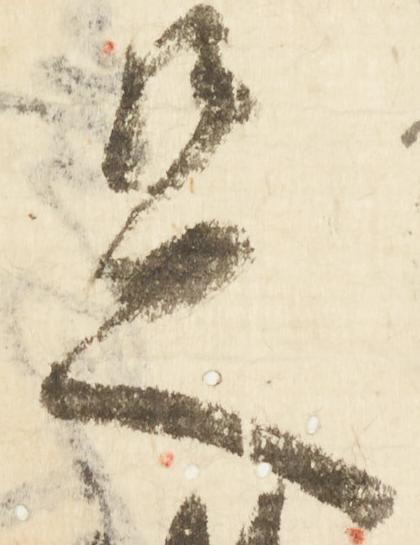
足